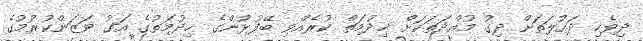
ދިވެހި ދައުލަތަށް ދިގު މުއްދަތަކަށް ޚިދުމަތް ކުރެއްވި ބޭފުޅުންގެ ޚިދުމަތުގެ އަގު ވަޒަންކުރުމުގެ